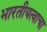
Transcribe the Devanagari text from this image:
भारतीयत्वाचा